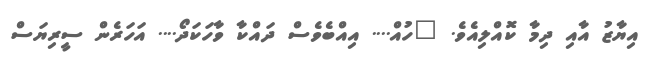
އިޔާޒު އާއި ދިމާ ކޮއްލިއެވެ. "ހުއް.... އިއްބެވެސް ދައްކާ ވާހަކަދޯ.... އަހަރެން ސީރިޔަސް